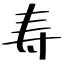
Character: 寿